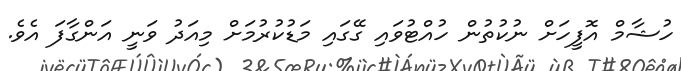
ހުޝާމް އޮފީހަށް ނުކުތުން ހުއްޓުވައި ގޭގައި މަޑުކުރުމަށް މިއަދު ވަނީ އަންގާފަ އެވެ.